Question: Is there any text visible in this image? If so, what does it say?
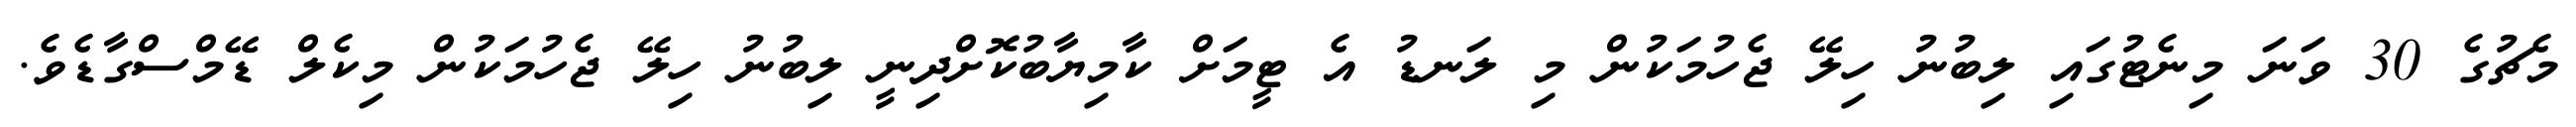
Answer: މެޗުގެ 30 ވަނަ މިނެޓުގައި ލިބުނު ހިލޭ ޖެހުމަކުން މި ލަނޑު އެ ޓީމަށް ކާމިޔާބުކޮށްދިނީ ލިބުނު ހިލޭ ޖެހުމަކުން މިކެލް ޑޭމްސްގާޑެވެ.